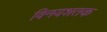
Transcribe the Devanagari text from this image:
विनयशतक